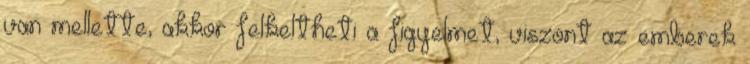
van mellette, akkor felkeltheti a figyelmet, viszont az emberek